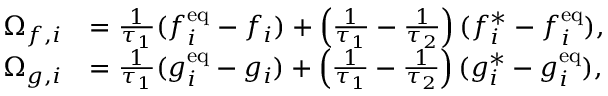
\begin{array} { r l } { \Omega _ { f , i } } & { = \frac { 1 } { \tau _ { 1 } } ( f _ { i } ^ { \mathrm { e q } } - f _ { i } ) + \left( \frac { 1 } { \tau _ { 1 } } - \frac { 1 } { \tau _ { 2 } } \right) ( f _ { i } ^ { \ast } - f _ { i } ^ { \mathrm { e q } } ) , } \\ { \Omega _ { g , i } } & { = \frac { 1 } { \tau _ { 1 } } ( g _ { i } ^ { \mathrm { e q } } - g _ { i } ) + \left( \frac { 1 } { \tau _ { 1 } } - \frac { 1 } { \tau _ { 2 } } \right) ( g _ { i } ^ { \ast } - g _ { i } ^ { \mathrm { e q } } ) , } \end{array}